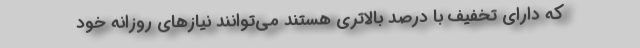
که دارای تخفیف با درصد بالاتری هستند می‌توانند نیازهای روزانه خود